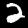
Digit: 2